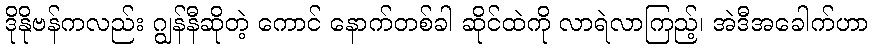
ဒိုနိုဗန်ကလည်း ဂျွန်နီဆိုတဲ့ ကောင် နောက်တစ်ခါ ဆိုင်ထဲကို လာရဲလာကြည့်၊ အဲဒီအခေါက်ဟာ